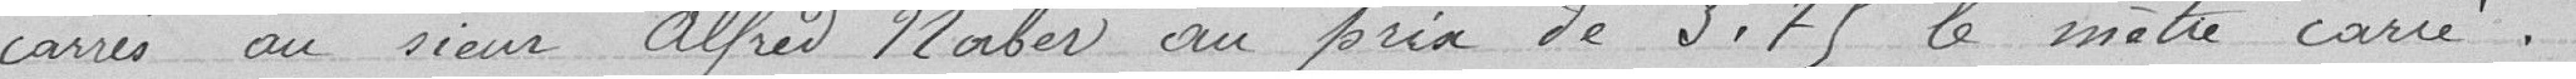
carrés au sieur Alfred Naber au prix de 3.75 le mètre carré.